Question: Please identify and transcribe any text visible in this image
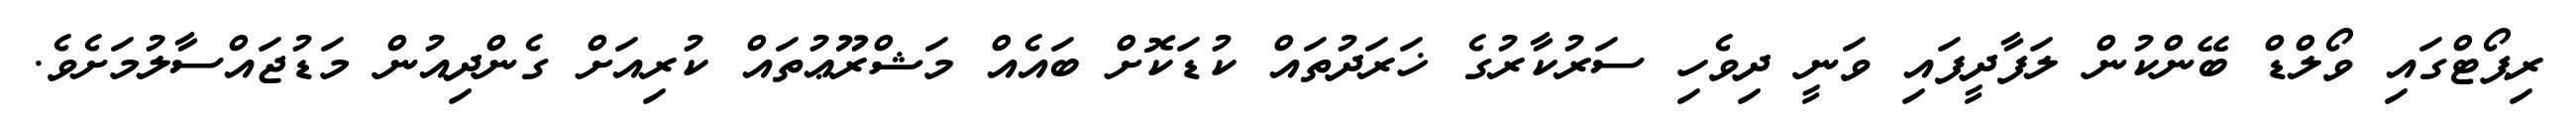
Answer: ރިޕޯޓްގައި ވޯލްޑް ބޭންކުން ލަފާދީފައި ވަނީ ދިވެހި ސަރުކާރުގެ ޚަރަދުތައް ކުޑަކޮށް ބައެއް މަޝްރޫޢުތައް ކުރިއަށް ގެންދިއުން މަޑުޖައްސާލުމަށެވެ.